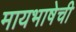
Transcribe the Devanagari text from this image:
मायभाषेची